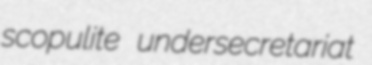
scopulite undersecretariat